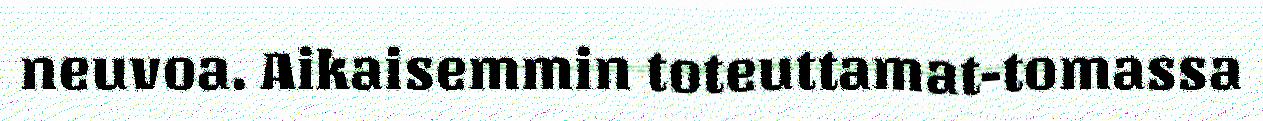
neuvoa. Aikaisemmin toteuttamat-tomassa